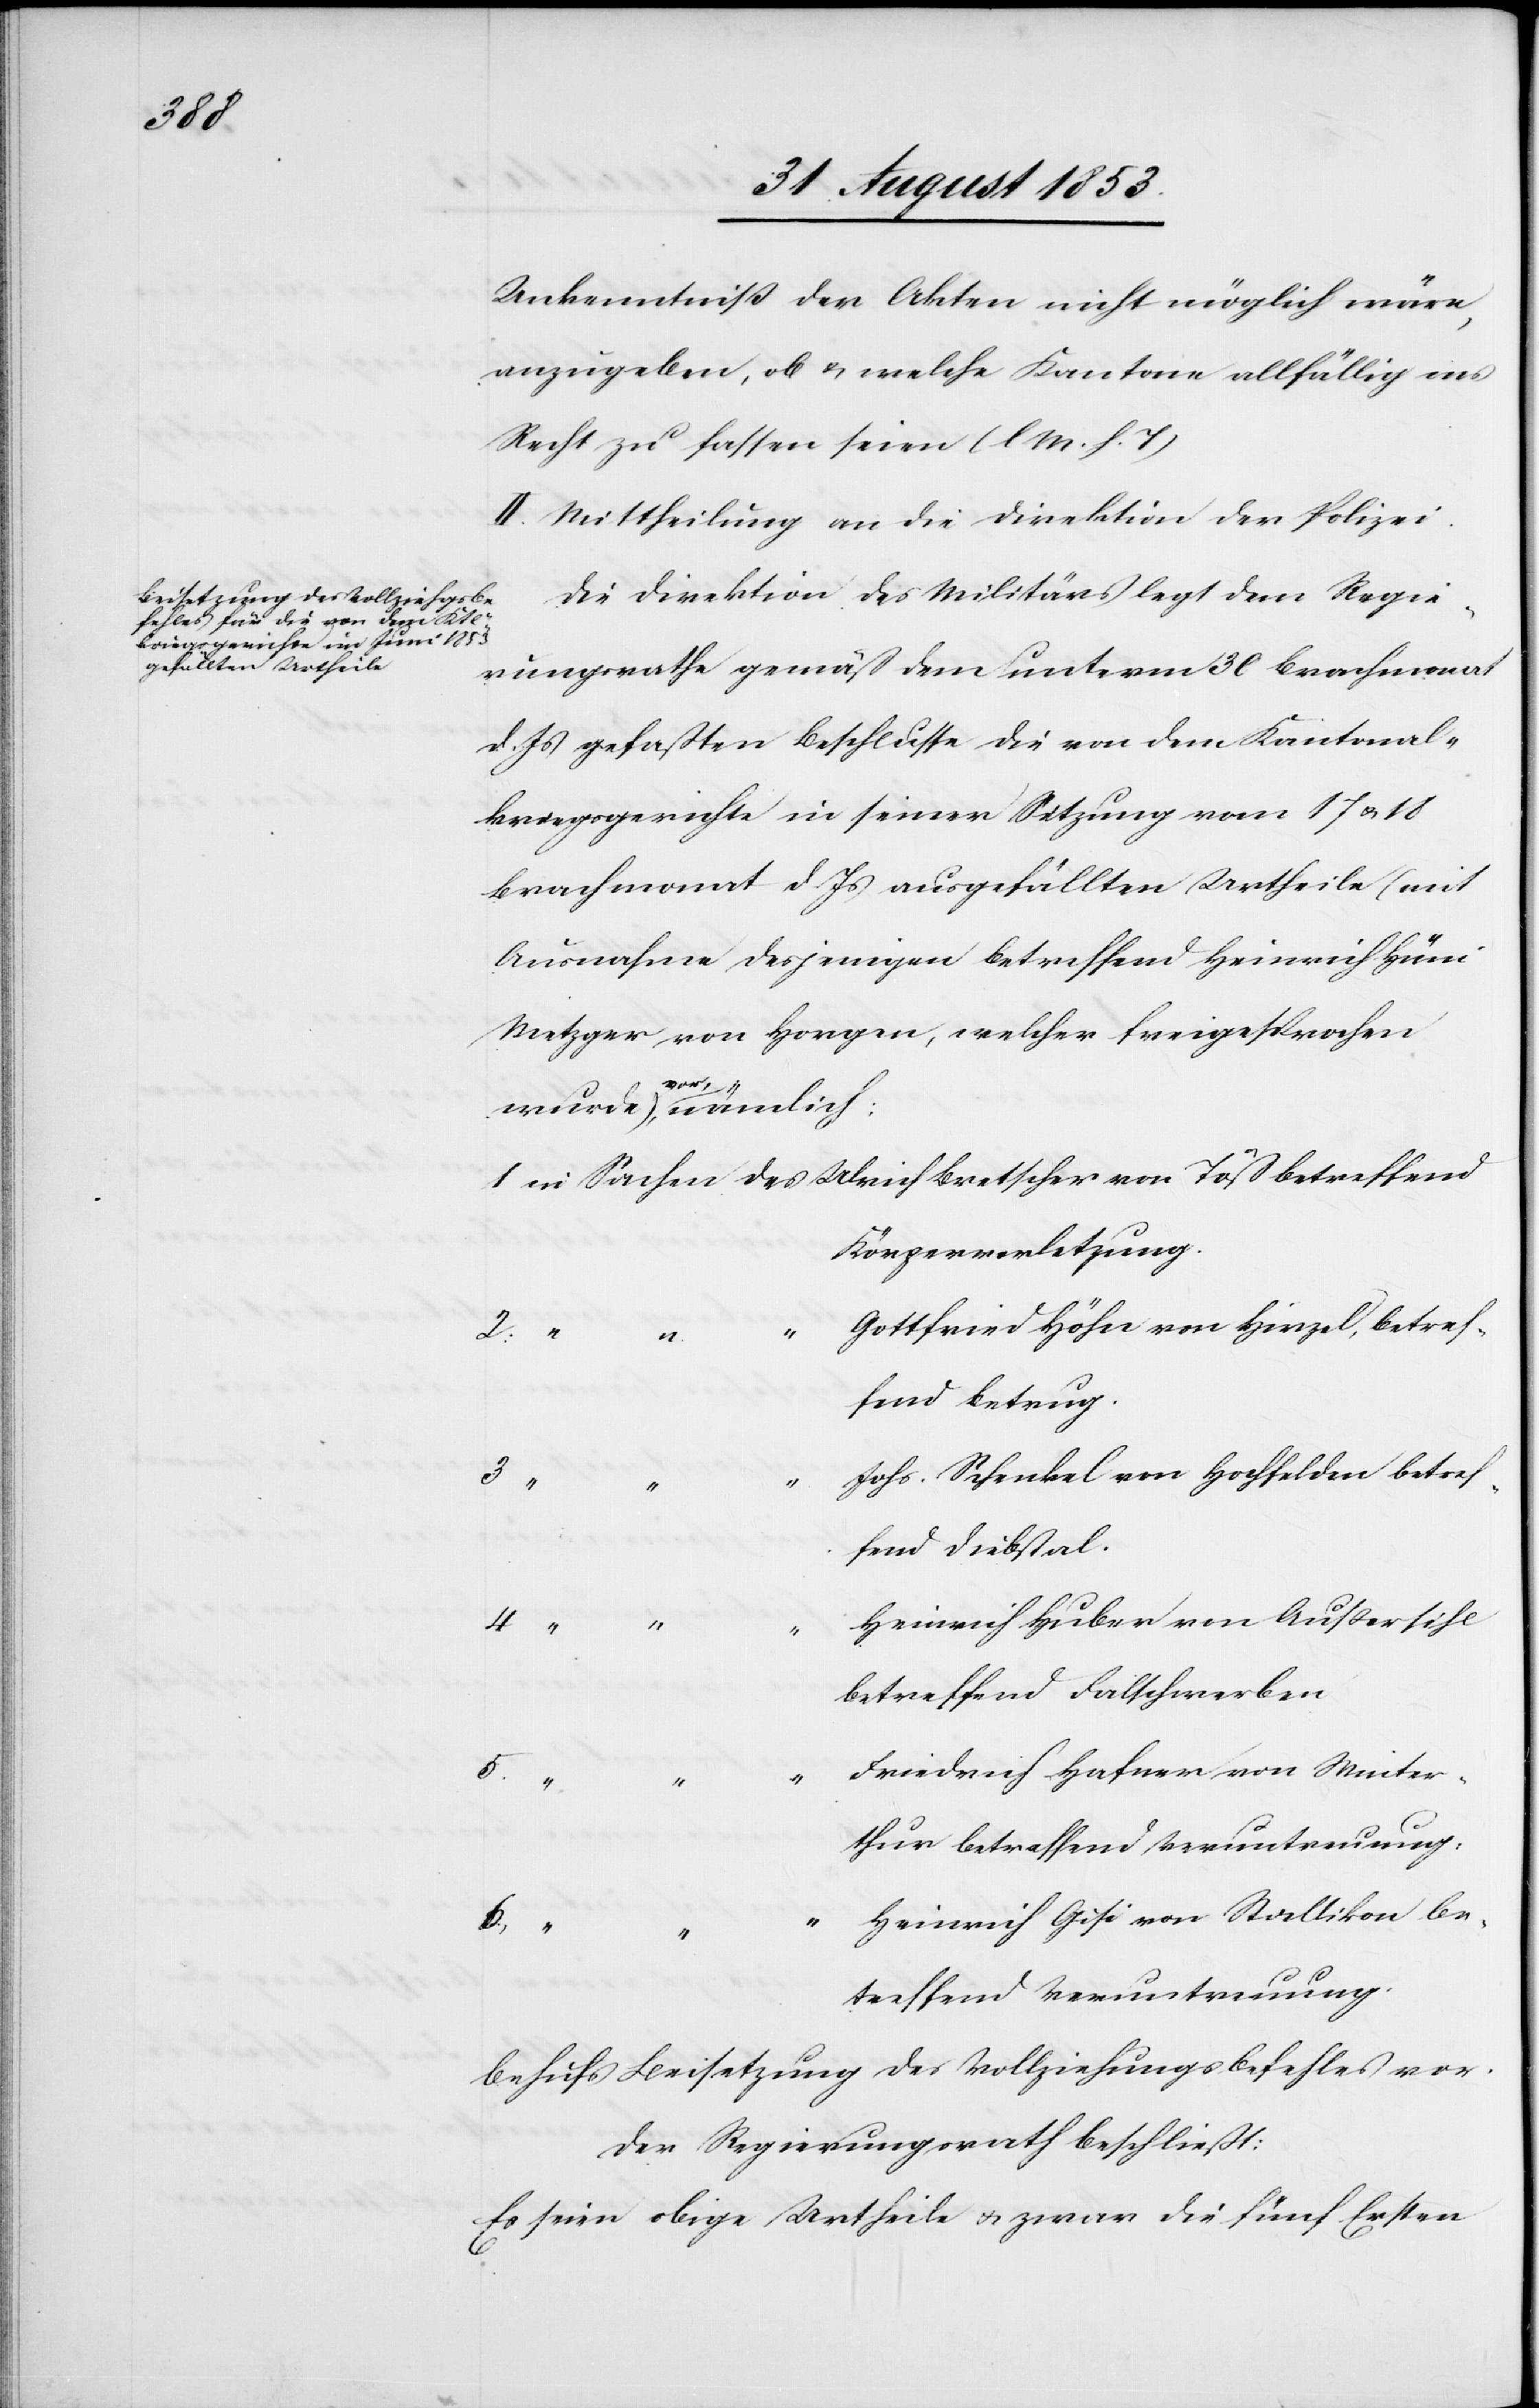
Unkenntniß der Akten nicht möglich wäre,
anzugeben, ob u. welche Kantone allfällig ins
Recht zu fassen seien [l. M. h. T]
II. Mittheilung an die Direktion der Polizei.
Die Direktion des Militärs legt dem Regie¬
rungsrathe gemäß dem unterm 30 Brachmonat
d. Js. gefaßten Beschlusse die von dem Kantonal¬
kriegsgerichte in seiner Sitzung vom 17 u. 18
Brachmonat d. Js. ausgefällten Urtheile (mit
Ausnahme desjenigen betreffend Heinrich Hüni
Metzger von Horgen, welcher freigesprochen,
vor,
1 in Sachen des Ulrich Bretscher von Töß betreffend
Körperverletzung.
Gottfried Höhn von Hirzel, betref¬
fend Betrug.
Johs. Schenkel von Hochfelden betref¬
fend Diebstal.
Heinrich Huber von Außersihl
betreffend Falschwerben
Friedrich Hafner von Winter¬
thur betreffend Voruntersuchung.
Heinrich Gisi von Stallikon be¬
treffend Veruntreuung.
Behufs Beisetzung des Vollziehungsbeschlusses vor.
Der Regierungsrath beschließt:
Es seien obige Urtheile u. zwar die fünf Ersten